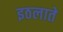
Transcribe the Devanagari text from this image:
इठलाते